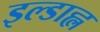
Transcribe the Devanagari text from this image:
इल्डाह्ल